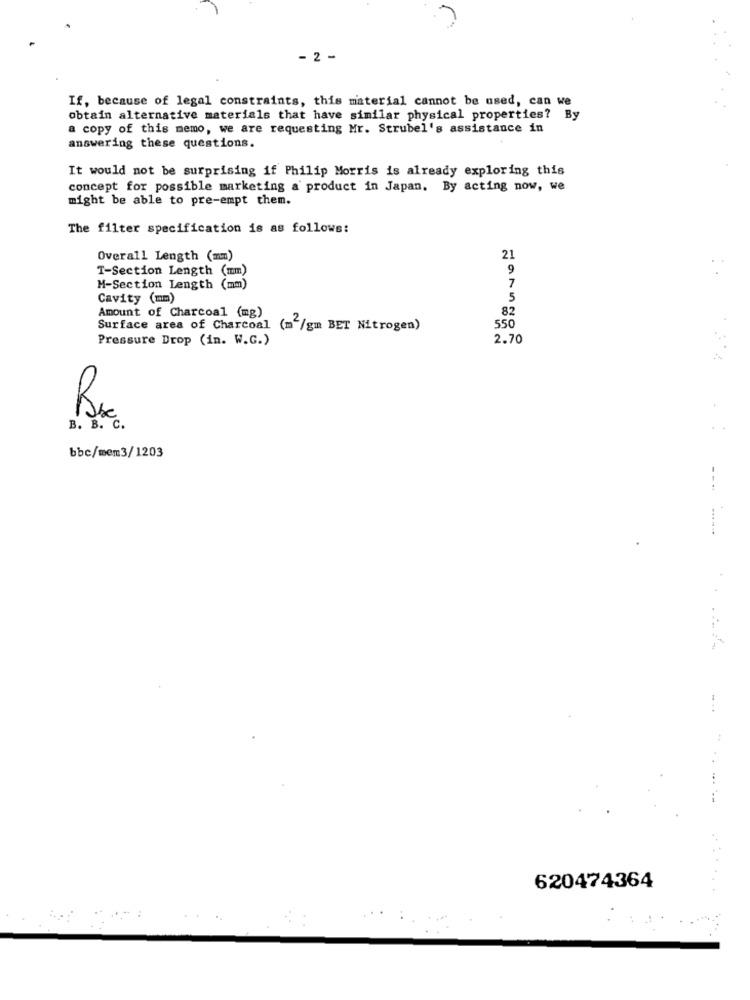
- 2 -
If, because of legal constraints, this material cannot be used, can we
obtain alternative materials that have similar physical properties? By
a copy of this memo, we are requesting Mr. Strubel's assistance in
answering these questions.
It would not be surprising if Philip Morris is already exploring this
concept for possible marketing a product in Japan. By acting now, we
might be able to pre-empt them.
The filter specification is as follows:
Overall Length (mm)
21
T-Section Length (mm)
9
7
M-Section Length (mm)
Cavity (mm)
5
82
Amount of Charcoal (mg)
Surface area of Charcoal (m /gm BET Nitrogen)
550
Pressure Drop (in. W.G.)
2.70
Rx
B . B . c .
bbc/mem3/1203
620474364